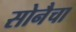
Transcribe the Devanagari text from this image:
सोनैचा